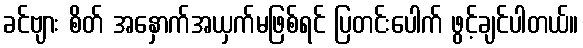
ခင်ဗျား စိတ် အနှောက်အယှက်မဖြစ်ရင် ပြတင်းပေါက် ဖွင့်ချင်ပါတယ်။